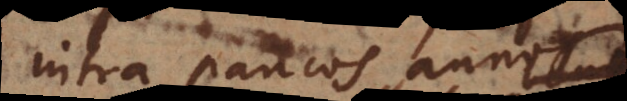
intra paucos annos